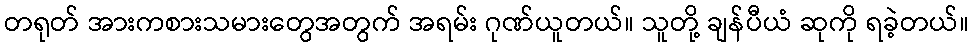
တရုတ် အားကစားသမားတွေအတွက် အရမ်း ဂုဏ်ယူတယ်။ သူတို့ ချန်ပီယံ ဆုကို ရခဲ့တယ်။